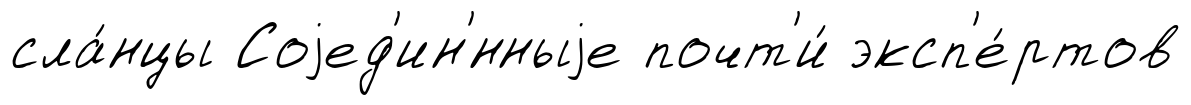
сла́нцы Соjед'ин'́нныjе почт'и́ эксп'е́ртов